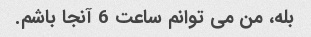
بله، من می توانم ساعت 6 آنجا باشم.